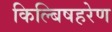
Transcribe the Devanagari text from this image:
किल्बिषहरेण